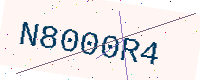
Text: N8000R4